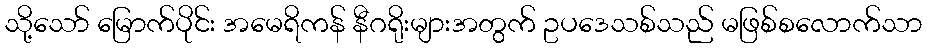
သို့သော် မြောက်ပိုင်း အမေရိကန် နီဂရိုးများအတွက် ဥပဒေသစ်သည် မဖြစ်စလောက်သာ